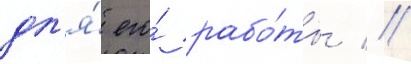
дл'я́ его́ рабо́ты //